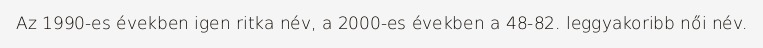
Az 1990-es években igen ritka név, a 2000-es években a 48-82. leggyakoribb női név.